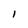
Character: I